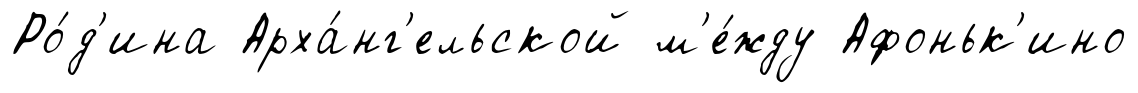
Ро́д'ина Арха́нг'ельской м'е́жду Афоньк'ино